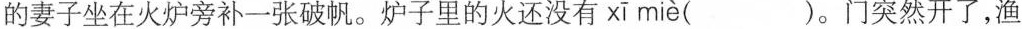
的妻子坐在火炉旁补一张破帆。炉子里的火还没有 xī miè ( )。门突然开了，渔